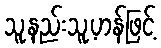
သူ့နည်းသူ့ဟန်ဖြင့်